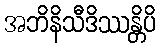
အဘိနိသီဒိဿန္တိပိ